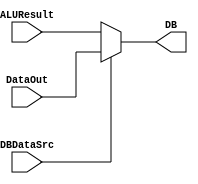
`timescale 1ns / 1ps
//////////////////////////////////////////////////////////////////////////////////
// Company: 
// Engineer: 
// 
// Design Name: 
// Module Name: Mux_4
// Project Name: 
// Target Devices: 
// Tool Versions: 
// Description: 
// 
// Dependencies: 
// 
// Revision:
// Revision 0.01 - File Created
// Additional Comments:
// 
//////////////////////////////////////////////////////////////////////////////////

//ALU or 
module Mux_4(
    //
    input [31:0] DataOut,
    //ALU
    input [31:0] ALUResult,
    input DBDataSrc,
    output [31:0] DB
    );
    assign DB = (DBDataSrc==1'b0)? ALUResult: DataOut;
endmodule